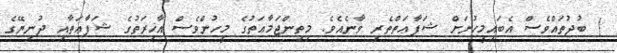
) ބުދުތައްވެސް އެބައިމީހުނަށް ޝަފާޢަތްތެރި ވާނެއެވެ. މިތިންޖަމާޢަތުގެ މީހުންވެސް އާޚިރަތުގެ ޝަފާޢަތާއި ދުނިޔޭގެ